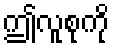
ဤလူစုကို